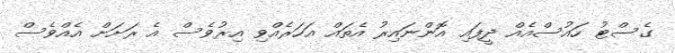
ގެސްޓު ހައުސްއެއް ދީފައި އޮންނައިރު އެތައް އަހަރެއްވި އިރުވެސް އެ ރަށަށް އެއްވެސް